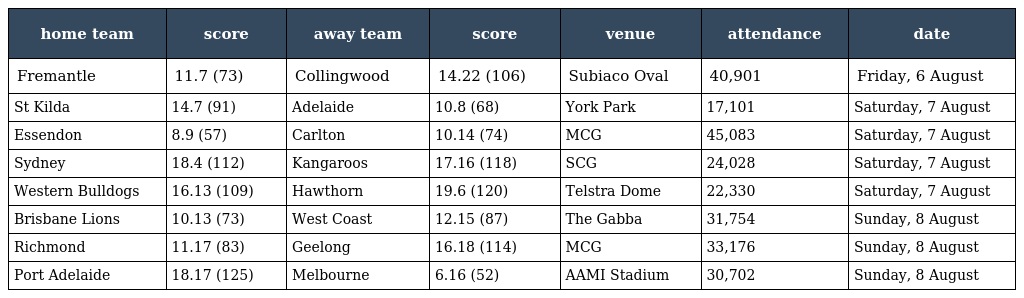
| home team | score | away team | score | venue | attendance | date |
 | --- | --- | --- | --- | --- | --- | --- |
 | Fremantle | 11.7 (73) | Collingwood | 14.22 (106) | Subiaco Oval | 40,901 | Friday, 6 August |
 | St Kilda | 14.7 (91) | Adelaide | 10.8 (68) | York Park | 17,101 | Saturday, 7 August |
 | Essendon | 8.9 (57) | Carlton | 10.14 (74) | MCG | 45,083 | Saturday, 7 August |
 | Sydney | 18.4 (112) | Kangaroos | 17.16 (118) | SCG | 24,028 | Saturday, 7 August |
 | Western Bulldogs | 16.13 (109) | Hawthorn | 19.6 (120) | Telstra Dome | 22,330 | Saturday, 7 August |
 | Brisbane Lions | 10.13 (73) | West Coast | 12.15 (87) | The Gabba | 31,754 | Sunday, 8 August |
 | Richmond | 11.17 (83) | Geelong | 16.18 (114) | MCG | 33,176 | Sunday, 8 August |
 | Port Adelaide | 18.17 (125) | Melbourne | 6.16 (52) | AAMI Stadium | 30,702 | Sunday, 8 August |